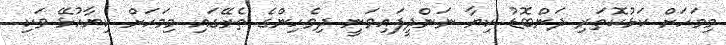
މިމަހަށް ކަޅުކޮތަރި ދަންބޮޑު ކިޔާ ނަންދީފައިވަނީ ދިވެހިންގެ ތެރޭގައި މިމަހަށް ކިޔާއުޅޭ ވަކި